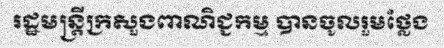
រដ្ឋមន្ត្រីក្រសួងពាណិជ្ជកម្ម បានចូលរួមថ្លែង